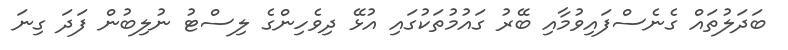
ބަދަލުތައް ގެނެސްފައިވުމާއި ބޭރު ގައުމުތަކުގައި އުޅޭ ދިވެހިންގެ ލިސްޓު ނުލިބުން ފަދަ ގިނަ